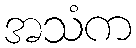
အသံက